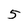
Character: 5